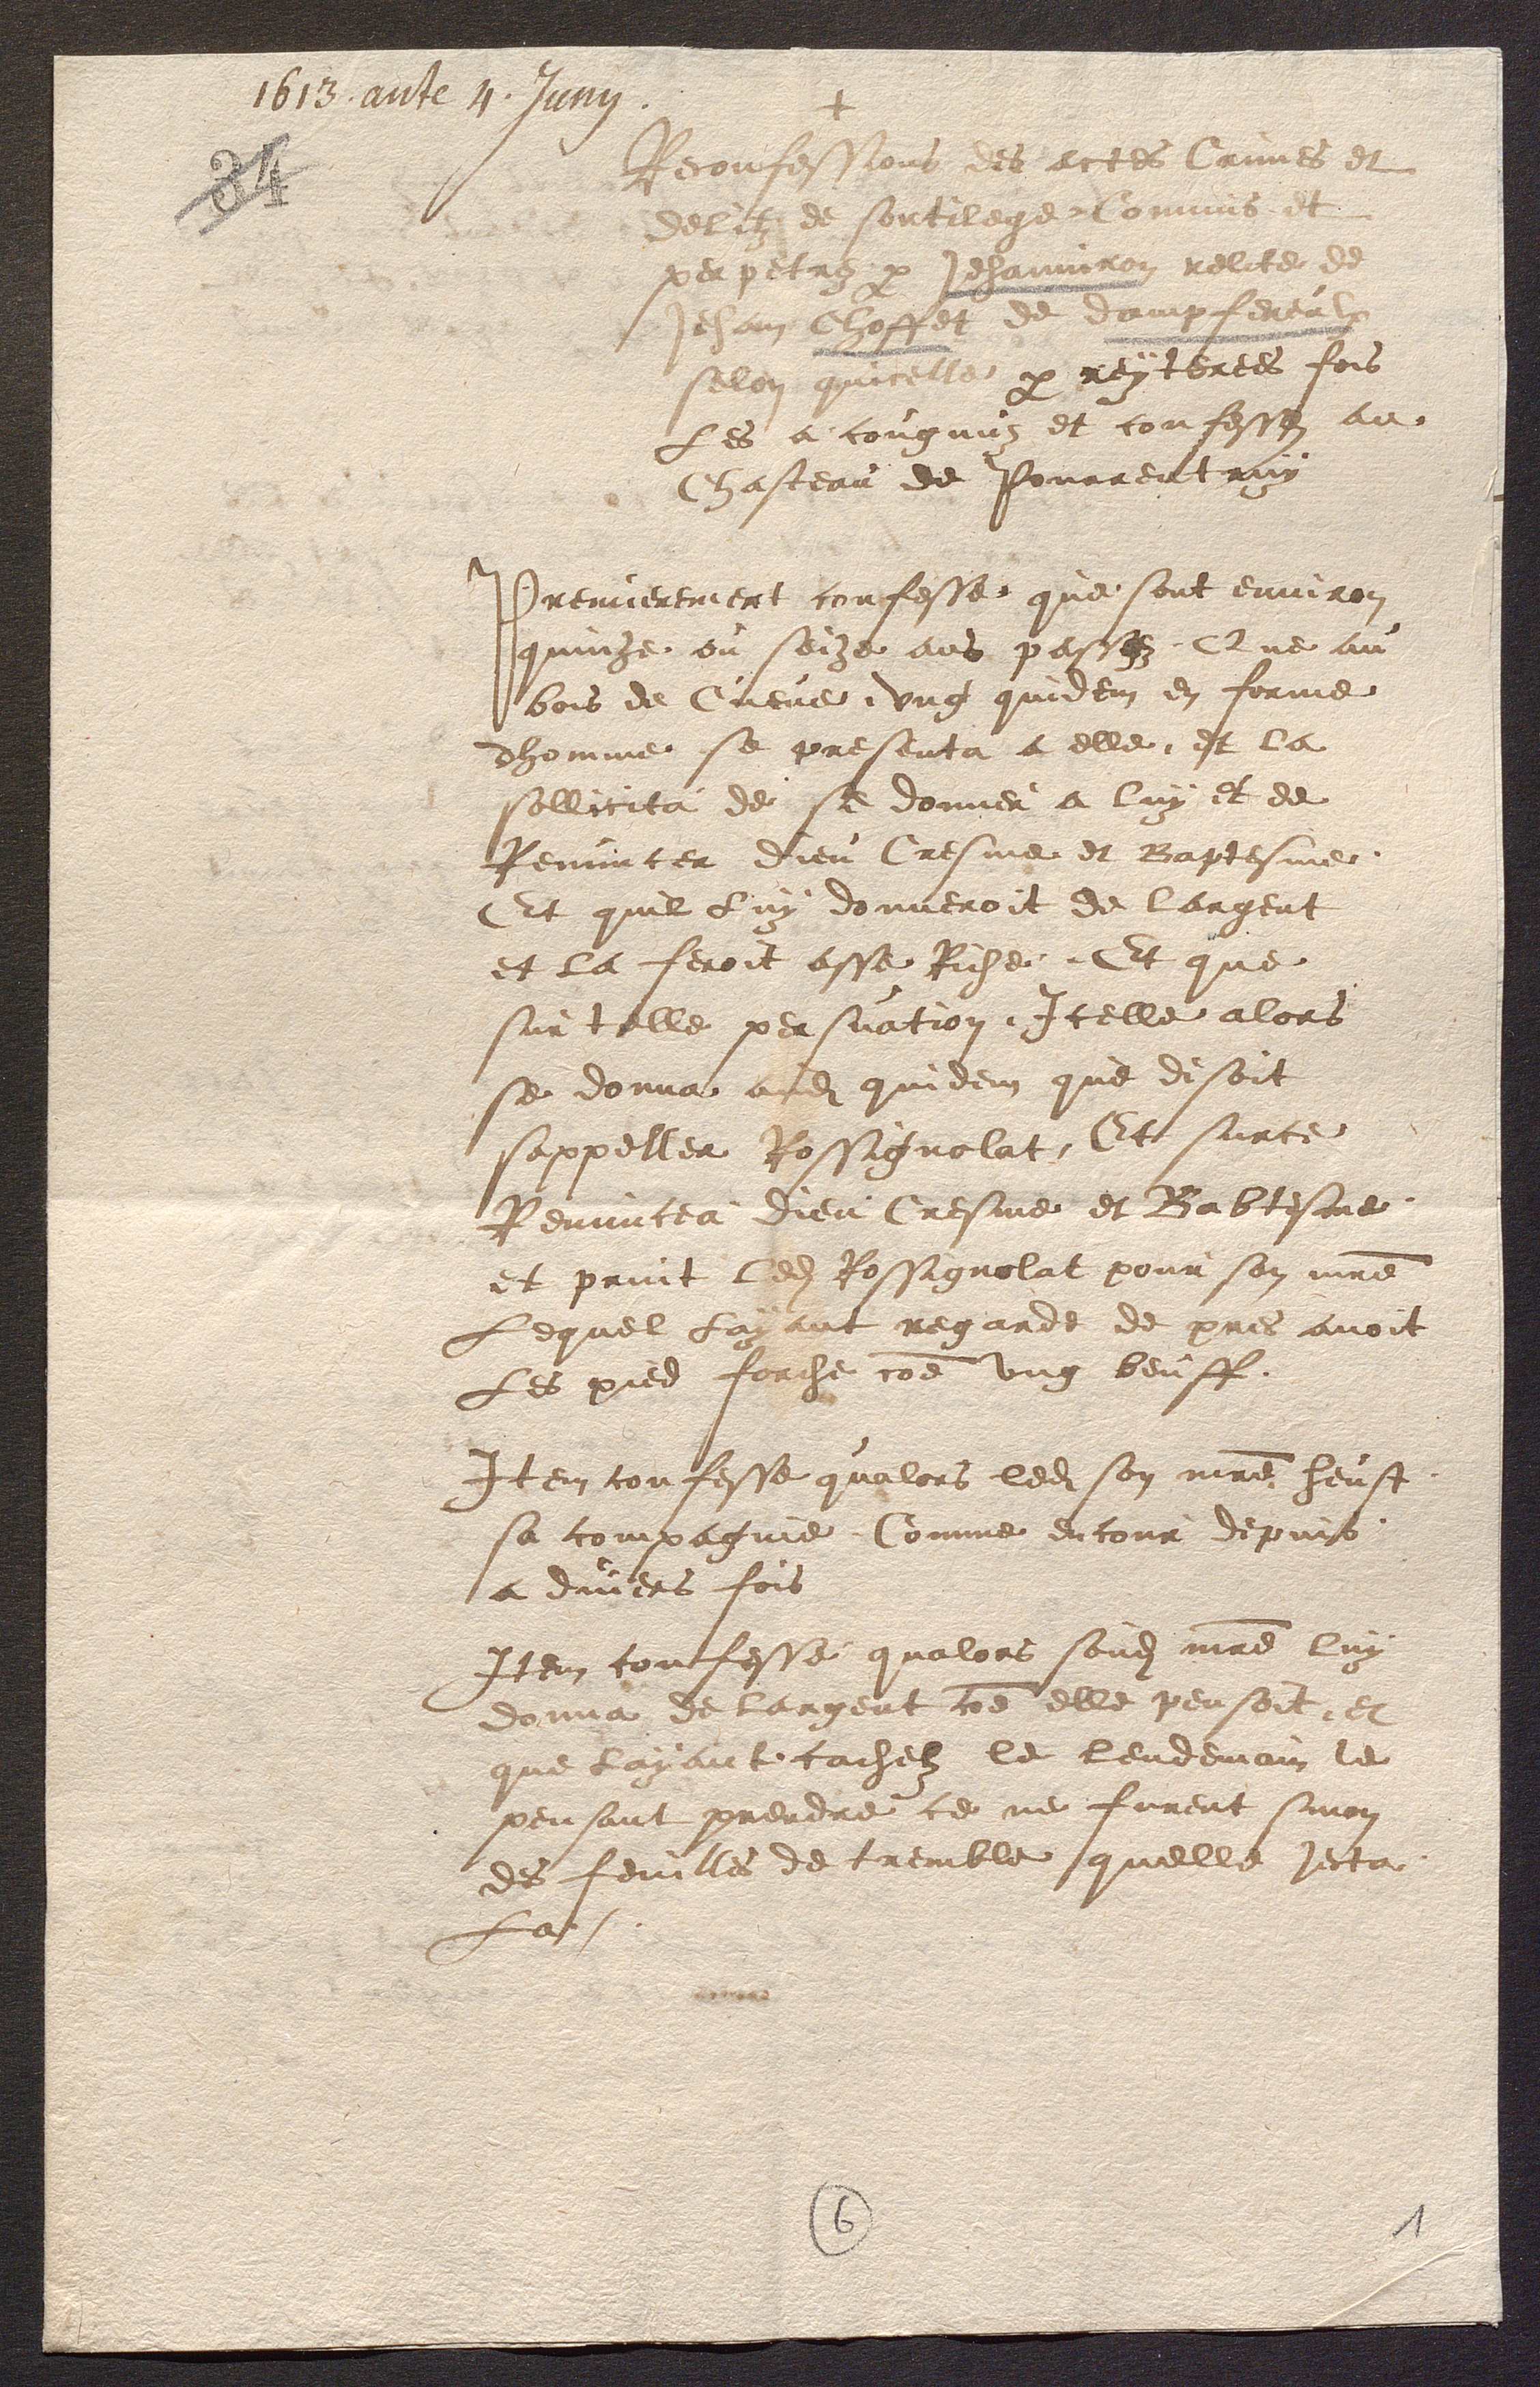
+
Reconfessions des actes Crimes et
delitz de sontilege Commis et
perpetre par Jehanniron relite de
Jehan Ahoffet de dampfereulx
selon quicelle par reytertes fois
Les a congnuz et confesses au
Chasteau de Pourrentruy
Premierement confesse que sont environ
quinze ou soize ans passes, Que au
bois de Creve, ung quidem en forme
dhomme se presenta a elle est la
sollicita de se donner a luy et de
Renuncer Dieu Cresme et Baptesme
Et quil Luy donneroit de largent
et la feroit asse Riche. Et que
sur talle persuation Icelle alors
se donna audite quidem que disoit
sappeller Rossignolat Et surce
Renuncea dieu Cresme et Babtesme
et print ledit Rossignolat pour son maitre
Lequel Layant regarde de pres avoit
Les pred forche comme ung beuff.
Item confesse qualors ledit son maitre heust
sa compagnie Comme encour depuis
a diviers fois
Item confesse qualors sondit maitre luy
donna de largent comme elle peusoit, et
que layant cachebz le lendemain le
peusant prendre ce ne furent sinon
de feuille de tremble quelle jecta
La